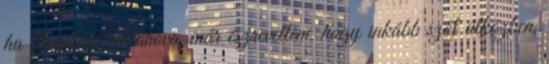
ha elmentünk valahova, már észrevettem, hogy inkább szól útközben,